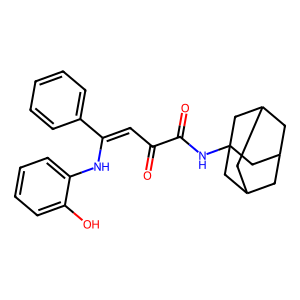
SMILES: O=C(C=C(Nc1ccccc1O)c1ccccc1)C(=O)NC12CC3CC(CC(C3)C1)C2
Inhibits HIV replication: No